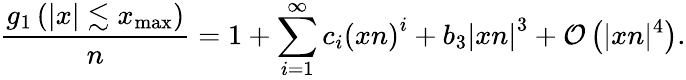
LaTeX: \frac{g_{1}\left(|x|\lesssim x_{\mathrm{max}}\right)}{n}=1+\sum_{i=1}^{\infty}c_{i}\left(xn\right)^{i}+b_{3}\left|xn\right|^{3}+\mathcal{O}\left(|xn|^{4}\right).